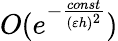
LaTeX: O(e^{-\frac{const}{(\varepsilon h)^{2}}})